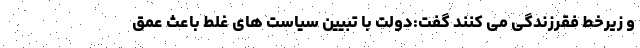
و زیرخط فقرزندگی می کنند گفت:دولت با تبیین سیاست های غلط باعث عمق